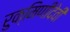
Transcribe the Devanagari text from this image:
रुक्मिणीदेवी